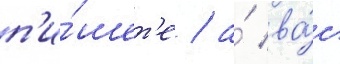
п'и́шет'е / а́ ва́с